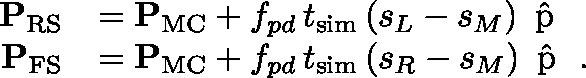
\begin{array} { r l } { { \mathbf { P } } _ { \mathrm { R S } } } & { = { \mathbf { P } } _ { \mathrm { M C } } + f _ { p d } \, t _ { \mathrm { s i m } } \, ( s _ { L } - s _ { M } ) \, { \mathrm { \boldmath ~ \hat { p } ~ \unboldmath } } } \\ { { \mathbf { P } } _ { \mathrm { F S } } } & { = { \mathbf { P } } _ { \mathrm { M C } } + f _ { p d } \, t _ { \mathrm { s i m } } \, ( s _ { R } - s _ { M } ) \, { \mathrm { \boldmath ~ \hat { p } ~ \unboldmath } } \ . } \end{array}